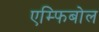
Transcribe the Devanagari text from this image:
एम्फिबोल